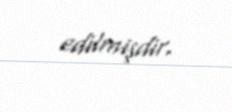
edilmişdir.